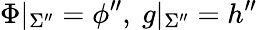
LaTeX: \Phi|_{\Sigma^{\prime\prime}}=\phi^{\prime\prime},~g|_{\Sigma^{\prime\prime}}=h^{\prime\prime}